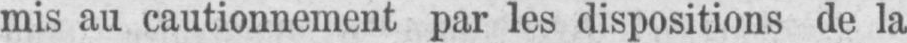
mis au cautionnement par les dispositions de la